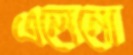
এলেনো